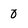
Character: 0